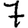
Digit: 7